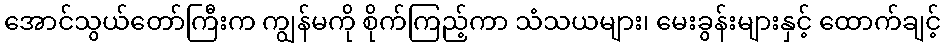
အောင်သွယ်တော်ကြီးက ကျွန်မကို စိုက်ကြည့်ကာ သံသယများ၊ မေးခွန်းများနှင့် ထောက်ချင့်